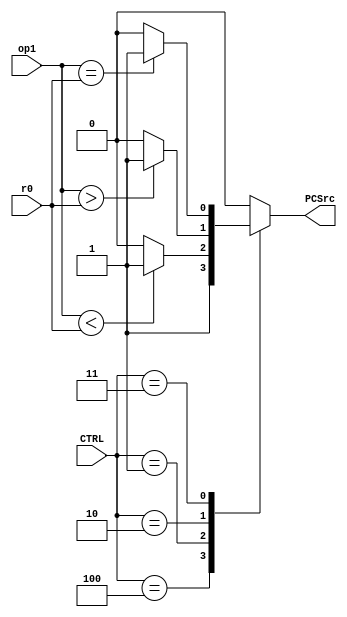
/*
 * Name: comparator
 * Functional as of 3:44pm 5/13/21 
 */

module comparator(
    input [15:0] r0, op1, 
    input [2:0] CTRL, 
    output reg PCSrc
);

	always @(*)
	begin
		case(CTRL)
			3'b000: PCSrc = 1'b0;   //Non branch/jump
			3'b100: PCSrc = 1'b1;   //Jump
            3'b001: begin           //BLT
                        if(op1 < r0)
                            PCSrc = 1'b1;
                        else
                            PCSrc = 1'b0;    
                    end
            3'b010: begin           //BGT
                        if(op1 > r0)
                            PCSrc = 1'b1;
                        else
                            PCSrc = 1'b0; 
                    end
            3'b011: begin           //BEQ
                        if(op1 == r0)
                            PCSrc = 1'b1;
                        else
                            PCSrc = 1'b0; 
                    end                                                    
            default: PCSrc = 1'b0;
        endcase
	end
endmodule